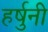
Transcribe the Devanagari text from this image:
हर्षुनी